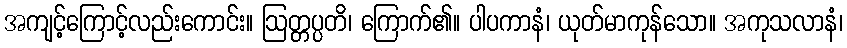
အကျင့်ကြောင့်လည်းကောင်း။ ဩတ္တပ္ပတိ၊ ကြောက်၏။ ပါပကာနံ၊ ယုတ်မာကုန်သော။ အကုသလာနံ၊